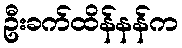
ဦးခက်ထိန်နန်က